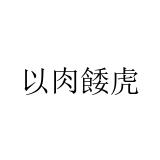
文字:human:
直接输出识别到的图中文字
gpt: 以肉餧虎